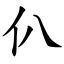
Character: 仈